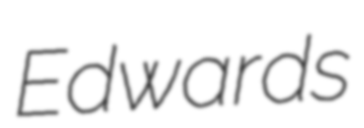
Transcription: Edwards